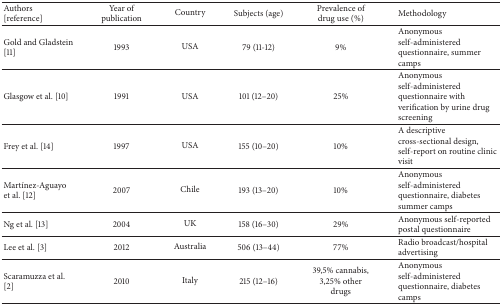
| Authors [reference] | Year of publication | Country | Subjects (age) | Prevalence of drug use (%) | Methodology |
 | --- | --- | --- | --- | --- | --- |
 | Gold and Gladstein [11] | 1993 | USA | 79 (11-12) | 9% | Anonymous self-administered questionnaire, summer camps |
 | Glasgow et al. [10] | 1991 | USA | 101 (12–20) | 25% | Anonymous self-administered questionnaire with verification by urine drug screening |
 | Frey et al. [14] | 1997 | USA | 155 (10–20) | 10% | A descriptive cross-sectional design, self-report on routine clinic visit |
 | Martínez-Aguayo et al. [12] | 2007 | Chile | 193 (13–20) | 10% | Anonymous self-administered questionnaire, diabetes summer camps |
 | Ng et al. [13] | 2004 | UK | 158 (16–30) | 29% | Anonymous self-reported postal questionnaire |
 | Lee et al. [3] | 2012 | Australia | 506 (13–44) | 77% | Radio broadcast/hospital advertising |
 | Scaramuzza et al. [2] | 2010 | Italy | 215 (12–16) | 39,5% cannabis, 3,25% other drugs | Anonymous self-administered questionnaire, diabetes camps |